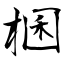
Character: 棞